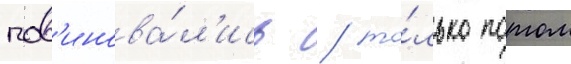
пов'инова́л'ись / то́лько потом